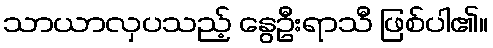
သာယာလှပသည့် နွေဦးရာသီ ဖြစ်ပါ၏။